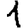
Digit: 1